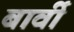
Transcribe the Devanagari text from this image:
बार्वी